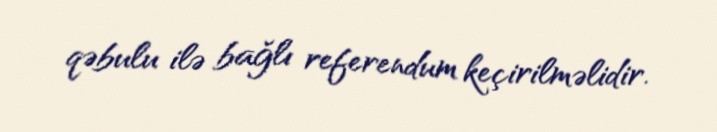
qəbulu ilə bağlı referendum keçirilməlidir.